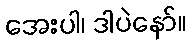
အေးပါ၊ ဒါပဲနော်။